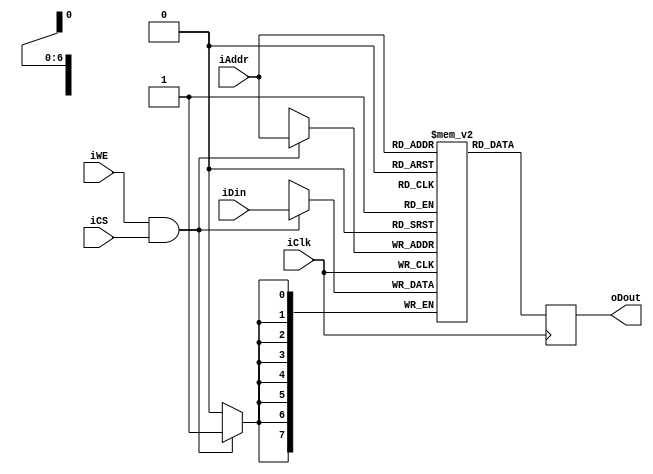
module memory(iClk, iCS, iWE, iAddr, iDin, oDout);
    input iClk, iCS, iWE;
    input [6:0] iAddr;
    input [7:0] iDin;
    output [7:0] oDout;

    reg [7:0] oDout;
    reg[7:0] rRAM[0:127];
    integer i;
    
    initial begin
       for(i = 0; i < 128; i = i + 1) begin
         rRAM[i] = 8'h00;
       end
    end

    always @(negedge iClk) begin
        if ((iWE == 1) && (iCS == 1)) begin
            rRAM[iAddr] <= iDin[7:0];
        end
        else begin
        end

        oDout <= rRAM[iAddr];
    end // always
endmodule   // memory